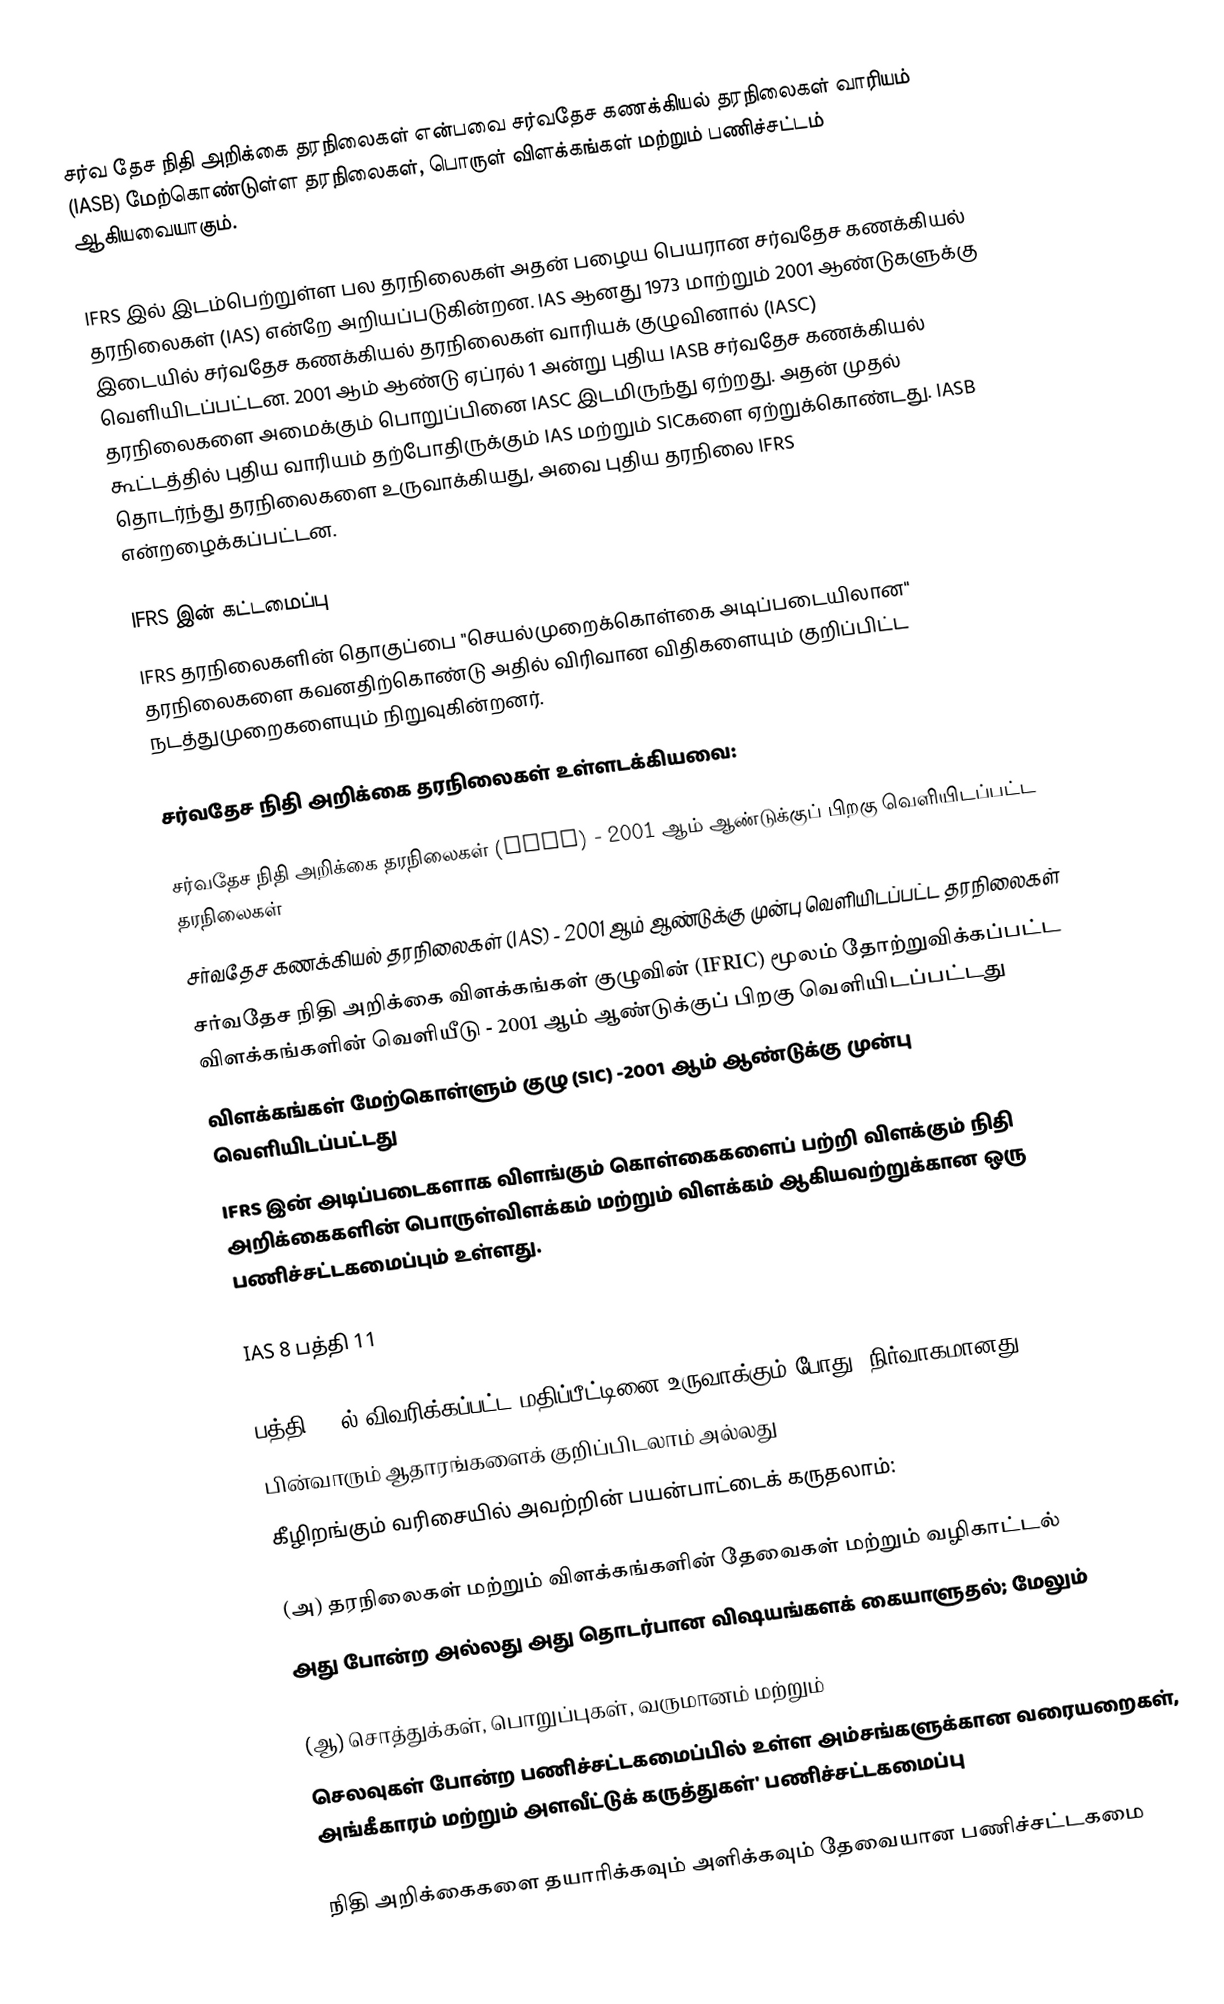
சர்வ தேச நிதி அறிக்கை தரநிலைகள் என்பவை சர்வதேச கணக்கியல் தரநிலைகள் வாரியம் (IASB) மேற்கொண்டுள்ள தரநிலைகள், பொருள் விளக்கங்கள் மற்றும் பணிச்சட்டம் ஆகியவையாகும்.

IFRS இல் இடம்பெற்றுள்ள பல தரநிலைகள் அதன் பழைய பெயரான சர்வதேச கணக்கியல் தரநிலைகள் (IAS) என்றே அறியப்படுகின்றன. IAS ஆனது 1973 மாற்றும் 2001 ஆண்டுகளுக்கு இடையில் சர்வதேச கணக்கியல் தரநிலைகள் வாரியக் குழுவினால் (IASC) வெளியிடப்பட்டன. 2001 ஆம் ஆண்டு ஏப்ரல் 1 அன்று புதிய IASB சர்வதேச கணக்கியல் தரநிலைகளை அமைக்கும் பொறுப்பினை IASC இடமிருந்து ஏற்றது. அதன் முதல் கூட்டத்தில் புதிய வாரியம் தற்போதிருக்கும் IAS மற்றும் SICகளை ஏற்றுக்கொண்டது. IASB தொடர்ந்து தரநிலைகளை உருவாக்கியது, அவை புதிய தரநிலை IFRS என்றழைக்கப்பட்டன.

IFRS இன் கட்டமைப்பு
IFRS தரநிலைகளின் தொகுப்பை "செயல்முறைக்கொள்கை அடிப்படையிலான" தரநிலைகளை கவனதிற்கொண்டு அதில் விரிவான விதிகளையும் குறிப்பிட்ட நடத்துமுறைகளையும் நிறுவுகின்றனர்.

சர்வதேச நிதி அறிக்கை தரநிலைகள் உள்ளடக்கியவை:

 சர்வதேச நிதி அறிக்கை தரநிலைகள் (IFRS) - 2001 ஆம் ஆண்டுக்குப் பிறகு வெளியிடப்பட்ட தரநிலைகள்
 சர்வதேச கணக்கியல் தரநிலைகள் (IAS) - 2001 ஆம் ஆண்டுக்கு முன்பு வெளியிடப்பட்ட தரநிலைகள்
 சர்வதேச நிதி அறிக்கை விளக்கங்கள் குழுவின் (IFRIC) மூலம் தோற்றுவிக்கப்பட்ட விளக்கங்களின் வெளியீடு - 2001 ஆம் ஆண்டுக்குப் பிறகு வெளியிடப்பட்டது
 விளக்கங்கள் மேற்கொள்ளும் குழு (SIC) -2001 ஆம் ஆண்டுக்கு முன்பு வெளியிடப்பட்டது
IFRS இன் அடிப்படைகளாக விளங்கும் கொள்கைகளைப் பற்றி விளக்கும் நிதி அறிக்கைகளின் பொருள்விளக்கம் மற்றும் விளக்கம் ஆகியவற்றுக்கான ஒரு பணிச்சட்டகமைப்பும் உள்ளது.

IAS 8 பத்தி 11

பத்தி 10 ல் விவரிக்கப்பட்ட மதிப்பீட்டினை உருவாக்கும் போது, நிர்வாகமானது
பின்வாரும் ஆதாரங்களைக் குறிப்பிடலாம் அல்லது
கீழிறங்கும் வரிசையில் அவற்றின் பயன்பாட்டைக் கருதலாம்:

(அ) தரநிலைகள் மற்றும் விளக்கங்களின் தேவைகள் மற்றும் வழிகாட்டல்
அது போன்ற அல்லது அது தொடர்பான விஷயங்களக் கையாளுதல்; மேலும்

(ஆ) சொத்துக்கள், பொறுப்புகள், வருமானம் மற்றும்
செலவுகள் போன்ற பணிச்சட்டகமைப்பில் உள்ள அம்சங்களுக்கான வரையறைகள், அங்கீகாரம் மற்றும் அளவீட்டுக் கருத்துகள்' பணிச்சட்டகமைப்பு

நிதி அறிக்கைகளை தயாரிக்கவும் அளிக்கவும் தேவையான பணிச்சட்டகமை